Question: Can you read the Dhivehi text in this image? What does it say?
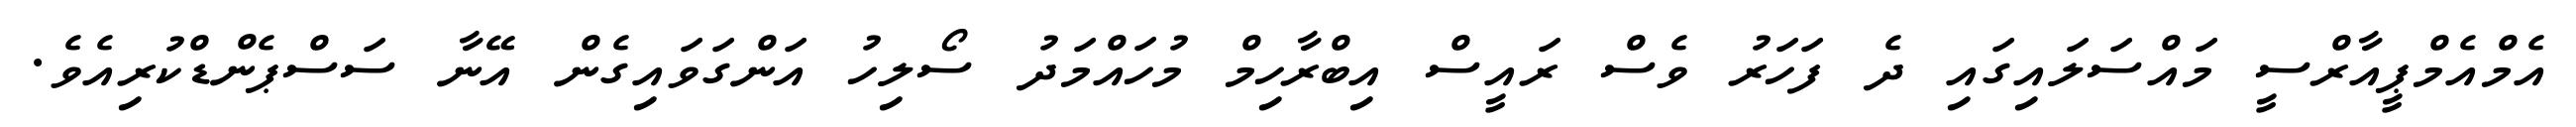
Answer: އެމްއެމްޕީއާރްސީ މައްސަލައިގައި ދެ ފަހަރު ވެސް ރައީސް އިބްރާހިމް މުހައްމަދު ސޯލިހު އަންގަވައިގެން އޭނާ ސަސްޕެންޑްކުރިއެވެ.